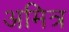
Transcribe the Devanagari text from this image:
अमित्र